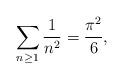
LaTeX: \begin{align*} \sum_{n \geq 1} \frac{1}{n^2} = \frac{\pi^2}{6}, \end{align*}